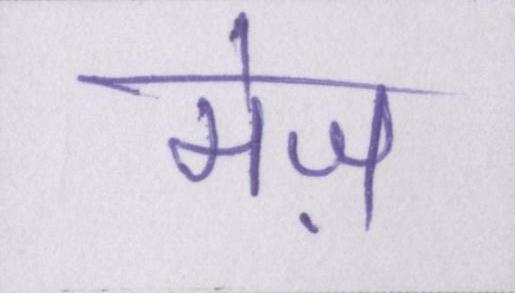
मेज़